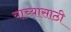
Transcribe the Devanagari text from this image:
याच्यासाठी